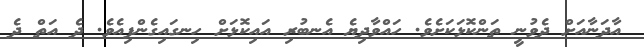
އާދަނާއަށް ދެވުނީ ތަންކޮޅަކަށެވެ. ހައްވާދިޔެ އެނބުރި އައިކޮޅަށް ހިނގައިގެންފިއެވެ. ދެ އަތް ދެ